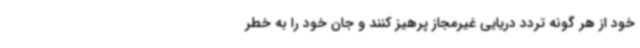
خود از هر گونه تردد دریایی غیرمجاز پرهیز کنند و جان خود را به خطر